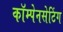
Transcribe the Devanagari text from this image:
कॉम्पेनसेटिंग